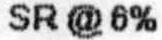
SR @ 6%